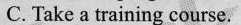
C. Take a training course.